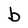
Character: b